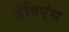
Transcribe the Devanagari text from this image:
डेविएंस